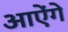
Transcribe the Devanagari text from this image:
आऐंगे